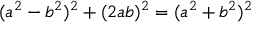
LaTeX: ( a ^ { 2 } - b ^ { 2 } ) ^ { 2 } + ( 2 a b ) ^ { 2 } = ( a ^ { 2 } + b ^ { 2 } ) ^ { 2 }